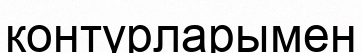
контурларымен